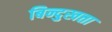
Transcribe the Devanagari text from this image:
बिन्दुखत्ता